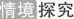
情境探究